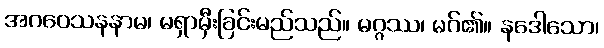
အဂဝေသနနာမ၊ မရှာမှီးခြင်းမည်သည်။ မဂ္ဂဿ၊ မဂ်၏။ နဒေါသော၊